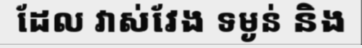
ដែល វាស់វែង ទម្ងន់ និង